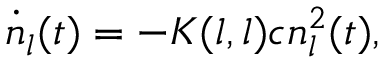
\dot { n } _ { l } ( t ) = - K ( l , l ) c n _ { l } ^ { 2 } ( t ) ,